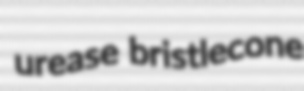
urease bristlecone